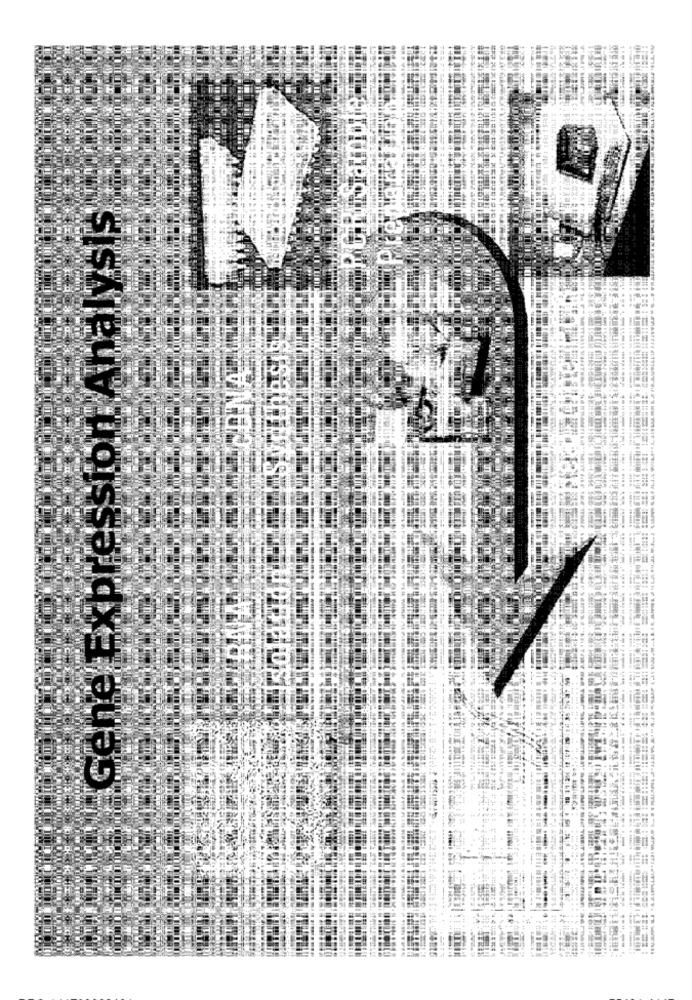
Gene Expression Analysis
HO'S